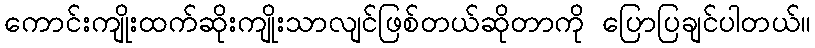
ကောင်းကျိုးထက်ဆိုးကျိုးသာလျင်ဖြစ်တယ်ဆိုတာကို ပြောပြချင်ပါတယ်။